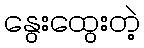
နွေးထွေးတဲ့